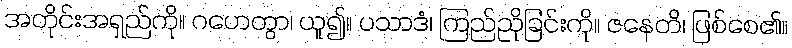
အတိုင်းအရှည်ကို။ ဂဟေတွာ၊ ယူ၍။ ပသာဒံ၊ ကြည်ညိုခြင်းကို။ ဇနေတိ၊ ဖြစ်စေ၏။